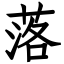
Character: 落